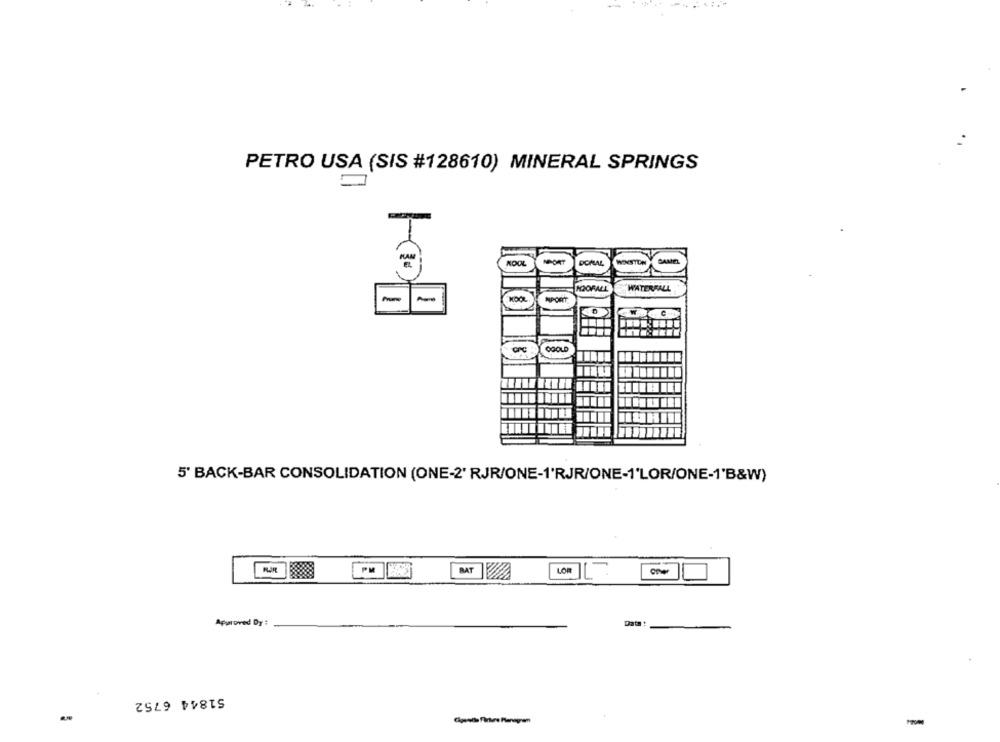
PETRO USA (SIS #128610) MINERAL SPRINGS
KAM
WISTEN
CAMEL
ROOL
DORAL
HOOFALL
WATERFALL
KOOL
NPORT
5' BACK-BAR CONSOLIDATION (ONE-2' RJR/ONE-1'RJR/ONE-1'LOR/ONE-1'B&W)
PM
BAT
Approved Dy :
Date:
51844 6752